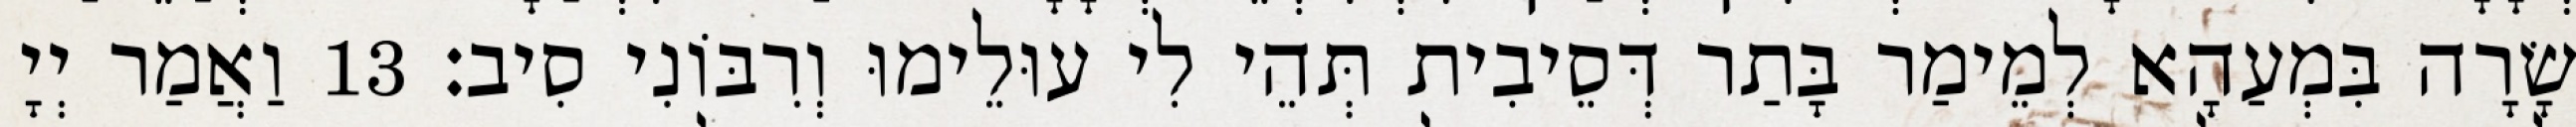
שָׂרָה בִּמְעַהָא לְמֵימַר בָּתַר דְּסֵיבִית תְּהֵי לִי עוּלֵימוּ וְרִבּוֹנִי סִיב׃ 13 וַאֲמַר יְיָ